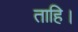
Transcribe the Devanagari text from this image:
ताहि।